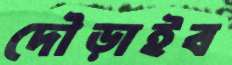
দৌড়াইব